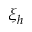
\xi _ { h }